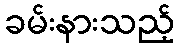
ခမ်းနားသည့်